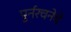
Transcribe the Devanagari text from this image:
पुर्नरचनेचे